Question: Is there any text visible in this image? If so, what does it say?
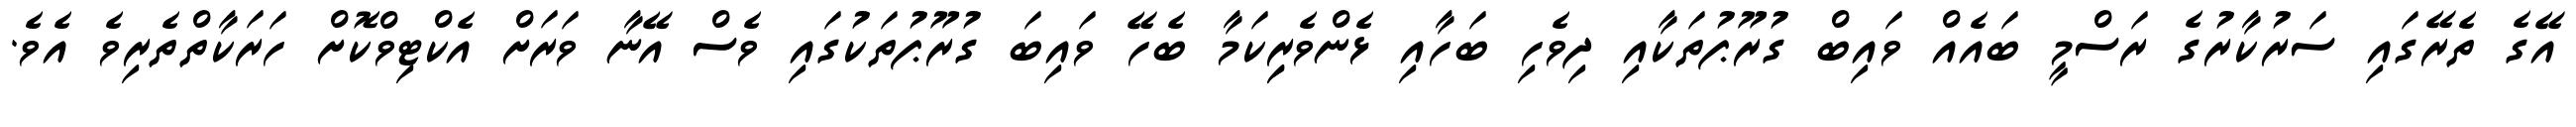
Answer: އޭގެ ތެރޭގައި ސަރުކާރުގެ ރަސްމީ ބައެއް ވައިބް ގުރޫޕުތަކާއި ދިވެހި ބަހާއި ޅެންވެރިިކަމާ ބެހޭ ވައިބަ ގުރޫޕުތަކުގައި ވެސް އޭނާ ވަރަށް އެކްޓިވްކޮށް ހަރަކާތްތެރިވެ އެވެ.